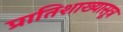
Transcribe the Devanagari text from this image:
प्रातिशाख्यासूत्र